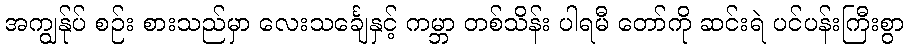
အကျွန်ုပ် စဉ်း စားသည်မှာ လေးသင်္ချေနှင့် ကမ္ဘာ တစ်သိန်း ပါရမီ တော်ကို ဆင်းရဲ ပင်ပန်းကြီးစွာ